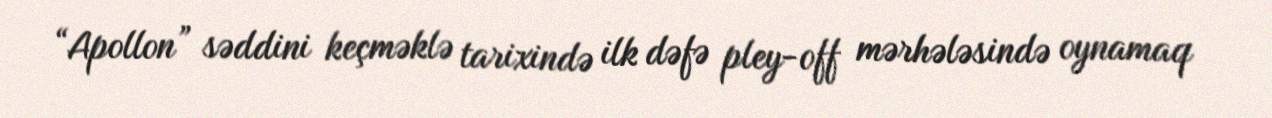
“Apollon” səddini keçməklə tarixində ilk dəfə pley-off mərhələsində oynamaq